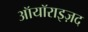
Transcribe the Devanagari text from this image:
ऑयॉराइज़द